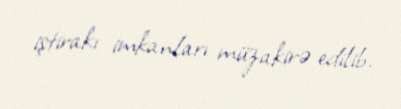
iştirakı imkanları müzakirə edilib.